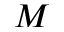
M